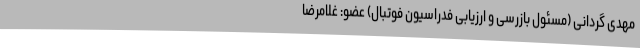
مهدی گردانی (مسئول بازرسی و ارزیابی فدراسیون فوتبال) عضو: غلامرضا